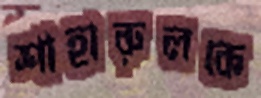
শাহারুলকে